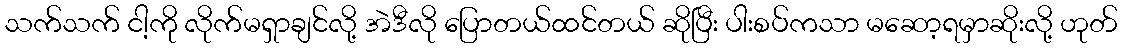
သက်သက် ငါ့ကို လိုက်မရှာချင်လို့ အဲဒီလို ပြောတယ်ထင်တယ် ဆိုပြီး ပါးစပ်ကသာ မဆော့ရမှာဆိုးလို့ ဟုတ်